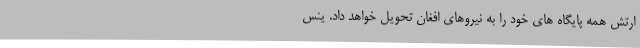
ارتش همه پایگاه های خود را به نیروهای افغان تحویل خواهد داد. ینس